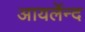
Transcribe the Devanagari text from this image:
आयर्लेन्द